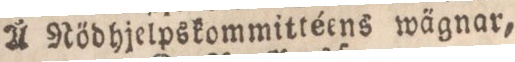
Å Nődhjelpskommittéens wägnar,